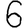
Digit: 6